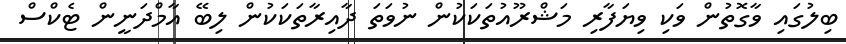
ބިލުގައި ވާގޮތުން ވަކި ވިޔަފާރި މަޝްރޫއުތަކަކުން ނުވަތަ ދާއިރާތަކަކުން ލިބޭ އާމްދަނީން ޓެކްސް